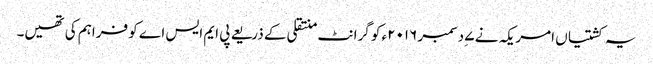
یہ کشتیاں امریکہ نے ۷ ِدسمبر ۲۰۱۶ء کو گرانٹ منتقلی کے ذریعے پی ایم ایس اے کو فراہم کی تھیں۔